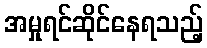
အမှုရင်ဆိုင်နေရသည့်